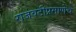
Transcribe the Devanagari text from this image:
राजवटीप्रमाणेच